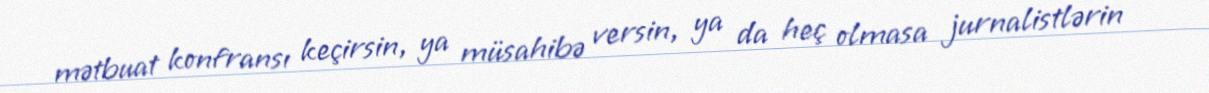
mətbuat konfransı keçirsin, ya müsahibə versin, ya da heç olmasa jurnalistlərin